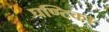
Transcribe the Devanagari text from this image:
घण्टिका